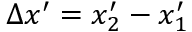
\Delta x ^ { \prime } = x _ { 2 } ^ { \prime } - x _ { 1 } ^ { \prime }